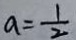
a = \frac { 1 } { 2 }